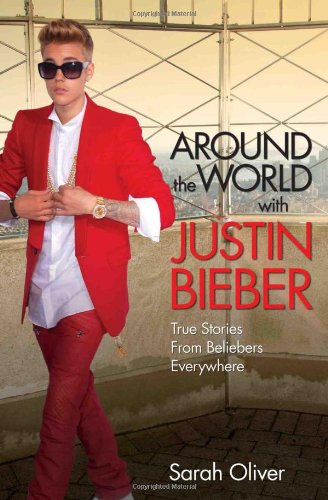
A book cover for Around the World with Justin Bieber: True Stories from Beliebers Everywhere; Sarah Oliver; Teen & Young Adult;